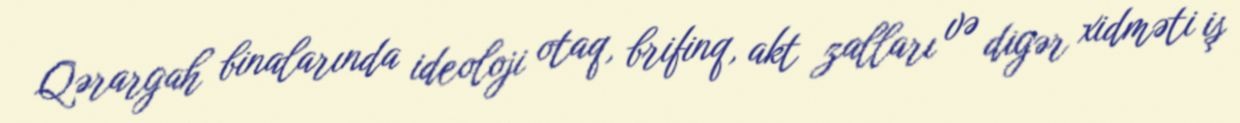
Qərargah binalarında ideoloji otaq, brifinq, akt zalları və digər xidməti iş